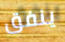
ينفق